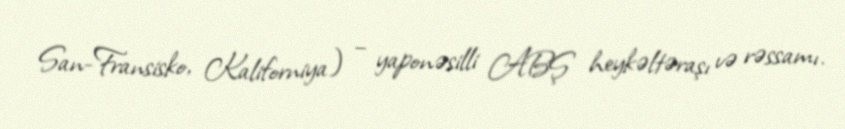
San-Fransisko, Kaliforniya) – yaponəsilli ABŞ heykəltəraşı və rəssamı.